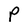
Character: P